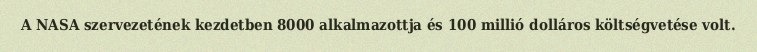
A NASA szervezetének kezdetben 8000 alkalmazottja és 100 millió dolláros költségvetése volt.